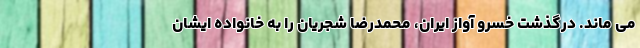
می ماند. درگذشت خسرو آواز ایران، محمدرضا شجریان را به خانواده ایشان